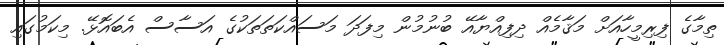
ތިމާގެ ފިރިމީހާއަށް މަޤާމެއް ދިފިއްޔާއޭ ބުނުމުން މިފަދަ މަސައްކަތަތަކުގެ އަސާސް އެބައޮޅޭ. މިކަމުގައި